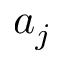
a _ { j }